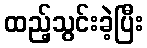
ထည့်သွင်းခဲ့ပြီး